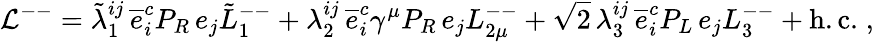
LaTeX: {\mathcal L}^{--}=\tilde{\lambda}_{1}^{ij}\, \overline{{{e}}}_{i}^{c}P_{R}\, e_{j}\tilde{L}_{1}^{--}+\lambda_{2}^{ij}\, \overline{{{e}}}_{i}^{c}\gamma^{\mu}P_{R}\, e_{j}L_{2\mu}^{--}+\sqrt{2}\, \lambda_{3}^{ij}\, \overline{{{e}}}_{i}^{c}P_{L}\, e_{j}L_{3}^{--}+\mathrm{h.c.}\; ,